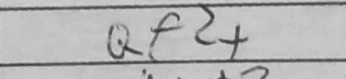
Transcription: Qf2+